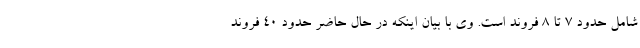
شامل حدود ۷ تا ۸ فروند است. وی با بیان اینکه در حال حاضر حدود ۴۰ فروند